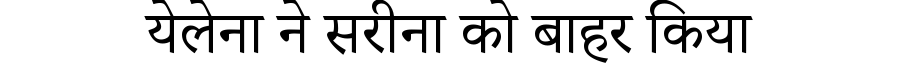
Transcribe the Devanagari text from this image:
येलेना ने सरीना को बाहर किया